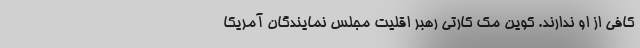
کافی از او ندارند. کوین مک کارتی رهبر اقلیت مجلس نمایندگان آمریکا